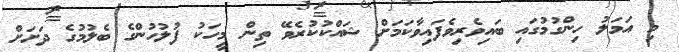
މި އަމަލު ހިންގުމުގައި ބައިވެރިވެފައިވާކަމަށް ޝައްކުކުރެވޭ ތިން މީހަކު ފުލުހުންގެ ބެލުމުގެ ދަށަށް